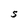
Character: 5